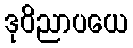
ဒုဝိညာပယေ